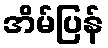
အိမ်ပြန်